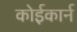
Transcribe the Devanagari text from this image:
कोईकार्न